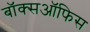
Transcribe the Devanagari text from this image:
बाॅक्सऑफिस